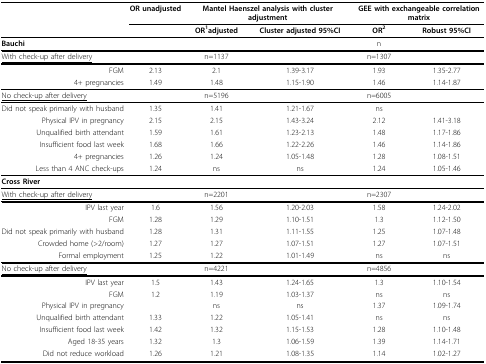
<table><thead><tr><td></td><td><b>OR unadjusted</b></td><td colspan="2"><b>Mantel Haenszel analysis with cluster adjustment</b></td><td colspan="2"><b>GEE with exchangeable correlation matrix</b></td></tr><tr><td></td><td></td><td><b>OR<sup>1</sup>adjusted</b></td><td><b>Cluster adjusted 95%CI</b></td><td><b>OR<sup>2</sup></b></td><td><b>Robust 95%CI</b></td></tr></thead><tbody><tr><td><b>Bauchi</b></td><td></td><td></td><td></td><td>n</td><td></td></tr><tr><td><underline>With check-up after delivery</underline></td><td></td><td>n=1137</td><td></td><td>n=1307</td><td></td></tr><tr><td>FGM</td><td>2.13</td><td>2.1</td><td>1.39-3.17</td><td>1.93</td><td>1.35-2.77</td></tr><tr><td>4+ pregnancies</td><td>1.49</td><td>1.48</td><td>1.15-1.90</td><td>1.46</td><td>1.14-1.87</td></tr><tr><td><underline>No check-up after delivery</underline></td><td></td><td>n=5196</td><td></td><td>n=6005</td><td></td></tr><tr><td>Did not speak primarily with husband</td><td>1.35</td><td>1.41</td><td>1.21-1.67</td><td>ns</td><td></td></tr><tr><td>Physical IPV in pregnancy</td><td>2.15</td><td>2.15</td><td>1.43-3.24</td><td>2.12</td><td>1.41-3.18</td></tr><tr><td>Unqualified birth attendant</td><td>1.59</td><td>1.61</td><td>1.23-2.13</td><td>1.48</td><td>1.17-1.86</td></tr><tr><td>Insufficient food last week</td><td>1.68</td><td>1.66</td><td>1.22-2.26</td><td>1.46</td><td>1.14-1.86</td></tr><tr><td>4+ pregnancies</td><td>1.26</td><td>1.24</td><td>1.05-1.48</td><td>1.28</td><td>1.08-1.51</td></tr><tr><td>Less than 4 ANC check-ups</td><td>1.24</td><td>ns</td><td>ns</td><td>1.24</td><td>1.05-1.46</td></tr><tr><td><b>Cross River</b></td><td></td><td></td><td></td><td></td><td></td></tr><tr><td><underline>With check-up after delivery</underline></td><td></td><td>n=2201</td><td></td><td>n=2307</td><td></td></tr><tr><td>IPV last year</td><td>1.6</td><td>1.56</td><td>1.20-2.03</td><td>1.58</td><td>1.24-2.02</td></tr><tr><td>FGM</td><td>1.28</td><td>1.29</td><td>1.10-1.51</td><td>1.3</td><td>1.12-1.50</td></tr><tr><td>Did not speak primarily with husband</td><td>1.28</td><td>1.31</td><td>1.11-1.55</td><td>1.25</td><td>1.07-1.48</td></tr><tr><td>Crowded home (&gt;2/room)</td><td>1.27</td><td>1.27</td><td>1.07-1.51</td><td>1.27</td><td>1.07-1.51</td></tr><tr><td>Formal employment</td><td>1.25</td><td>1.22</td><td>1.01-1.49</td><td>ns</td><td>ns</td></tr><tr><td><underline>No check-up after delivery</underline></td><td></td><td>n=4221</td><td></td><td>n=4856</td><td></td></tr><tr><td>IPV last year</td><td>1.5</td><td>1.43</td><td>1.24-1.65</td><td>1.3</td><td>1.10-1.54</td></tr><tr><td>FGM</td><td>1.2</td><td>1.19</td><td>1.03-1.37</td><td>ns</td><td>ns</td></tr><tr><td>Physical IPV in pregnancy</td><td></td><td>ns</td><td>ns</td><td>1.37</td><td>1.09-1.74</td></tr><tr><td>Unqualified birth attendant</td><td>1.33</td><td>1.22</td><td>1.05-1.41</td><td>ns</td><td>ns</td></tr><tr><td>Insufficient food last week</td><td>1.42</td><td>1.32</td><td>1.15-1.53</td><td>1.28</td><td>1.10-1.48</td></tr><tr><td>Aged 18-35 years</td><td>1.32</td><td>1.3</td><td>1.06-1.59</td><td>1.39</td><td>1.14-1.71</td></tr><tr><td>Did not reduce workload</td><td>1.26</td><td>1.21</td><td>1.08-1.35</td><td>1.14</td><td>1.02-1.27</td></tr></tbody></table>